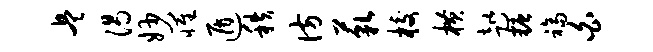
兵渴妙罹遁秩彷藐校横趑糖福白